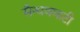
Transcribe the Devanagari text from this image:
सैन्धवघाटी